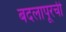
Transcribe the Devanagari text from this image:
बदलापूरची